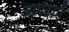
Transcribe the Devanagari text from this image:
आपदाएँ